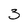
Character: 3